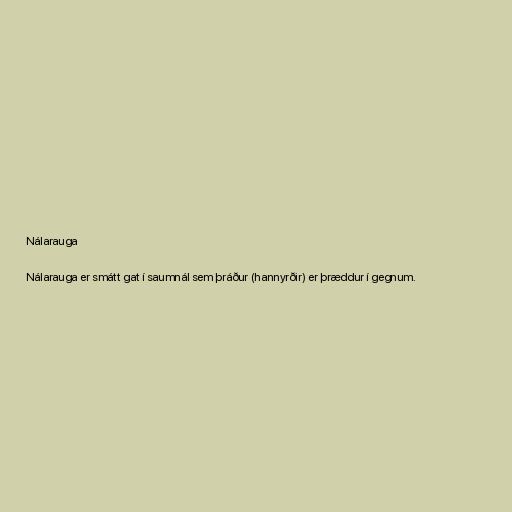
Nálarauga

Nálarauga er smátt gat í saumnál sem þráður (hannyrðir) er þræddur í gegnum.